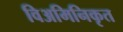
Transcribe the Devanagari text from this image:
विअमिनिकृत